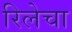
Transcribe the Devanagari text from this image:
रिलेचा